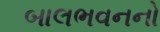
બાલભવનનો